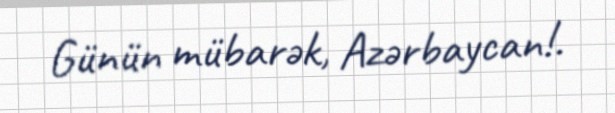
Günün mübarək, Azərbaycan!.